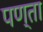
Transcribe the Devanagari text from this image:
पण्ता